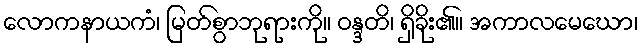
လောကနာယကံ၊ မြတ်စွာဘုရားကို။ ဝန္ဒတိ၊ ရှိခိုး၏။ အကာလမေဃော၊